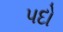
પદો